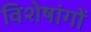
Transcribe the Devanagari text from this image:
विशेषांगों